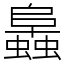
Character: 䘀